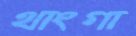
থাংগা